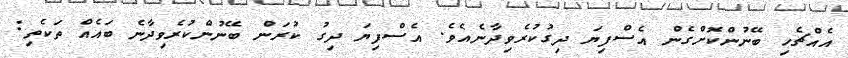
އެއްޗެހި ބޭނުންކޮށްގެން އެސްފިޔަ ދިގުކުރެވިދާނެއެވެ. އެސްފިޔަ ދިގު ކުރަން ބޭނުންކުރެވިދާނެ ބައެއް ތަކެތި: